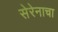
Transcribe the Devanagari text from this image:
सेरेनाचा